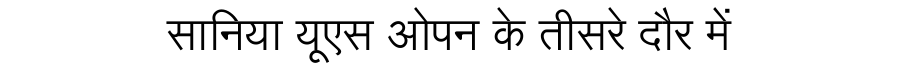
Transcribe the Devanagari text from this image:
सानिया यूएस ओपन के तीसरे दौर में